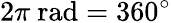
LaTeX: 2\pi{\mathrm{~rad}}=360^{\circ}